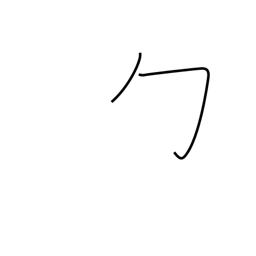
Meaning: wrapping radical (no. 20)